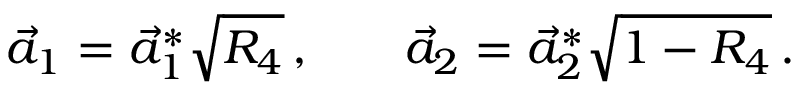
\begin{array} { r l r } { \vec { a } _ { 1 } = \vec { a } _ { 1 } ^ { * } \sqrt { R _ { 4 } } \, , } & { { } } & { \vec { a } _ { 2 } = \vec { a } _ { 2 } ^ { * } \sqrt { 1 - R _ { 4 } } \, . } \end{array}